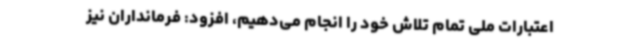
اعتبارات ملی تمام تلاش خود را انجام می‌دهیم، افزود: فرمانداران نیز